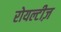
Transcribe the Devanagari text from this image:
रोयल्टीज़